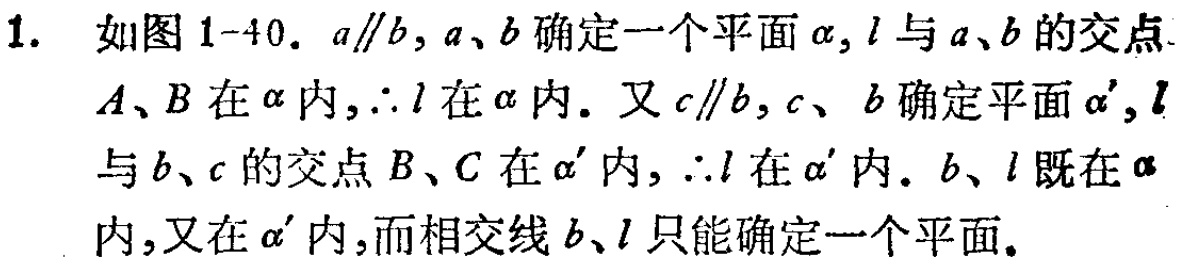
1. 如图 1-40. \(a\parallel b\)，\(a\)、\(b\)确定一个平面\(\alpha\)，\(l\)与\(a\)、\(b\)的交点\(A\)、\(B\)在\(\alpha\)内，\(\therefore l\)在\(\alpha\)内。又\(c\parallel b\)，\(c\)、\(b\)确定平面\(\alpha'\)，\(l\)与\(b\)、\(c\)的交点\(B\)、\(C\)在\(\alpha'\)内，\(\therefore l\)在\(\alpha'\)内。\(b\)、\(l\)既在\(\alpha\)内，又在\(\alpha'\)内，而相交线\(b\)、\(l\)只能确定一个平面。